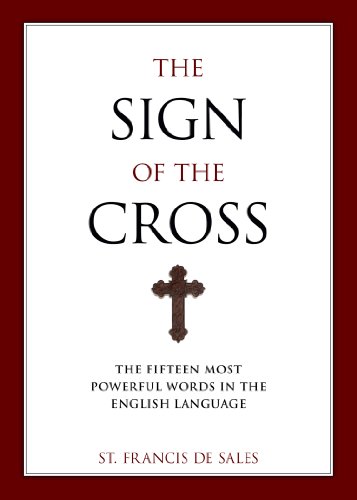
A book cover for The Sign of the Cross; St. Francis de Sales; Christian Books & Bibles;